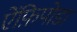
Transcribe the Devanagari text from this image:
ऐंफ़िपोडा